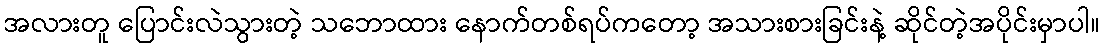
အလားတူ ပြောင်းလဲသွားတဲ့ သဘောထား နောက်တစ်ရပ်ကတော့ အသားစားခြင်းနဲ့ ဆိုင်တဲ့အပိုင်းမှာပါ။